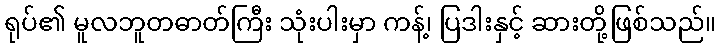
ရုပ်၏ မူလဘူတဓာတ်ကြီး သုံးပါးမှာ ကန့်၊ ပြဒါးနှင့် ဆားတို့ဖြစ်သည်။